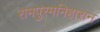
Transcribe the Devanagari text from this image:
रामपुरमनिहारान